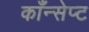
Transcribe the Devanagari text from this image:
काँन्सेप्ट